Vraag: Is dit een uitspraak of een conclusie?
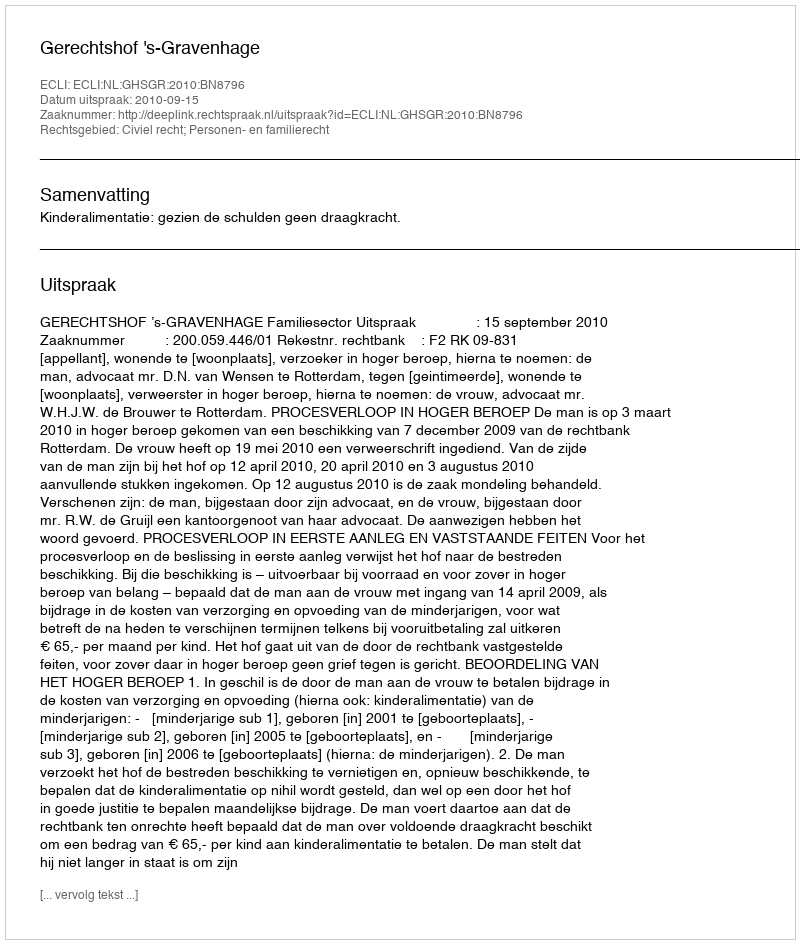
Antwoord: Uitspraak